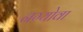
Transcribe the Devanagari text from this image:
नग्योवा